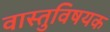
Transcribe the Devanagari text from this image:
वास्तुविषयक